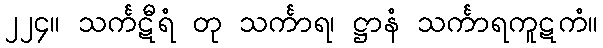
၂၂၄။ သင်္ကဋီရံ တု သင်္ကာရ၊ ဋ္ဌာနံ သင်္ကာရကူဋကံ။